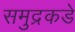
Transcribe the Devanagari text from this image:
समुद्रकडे